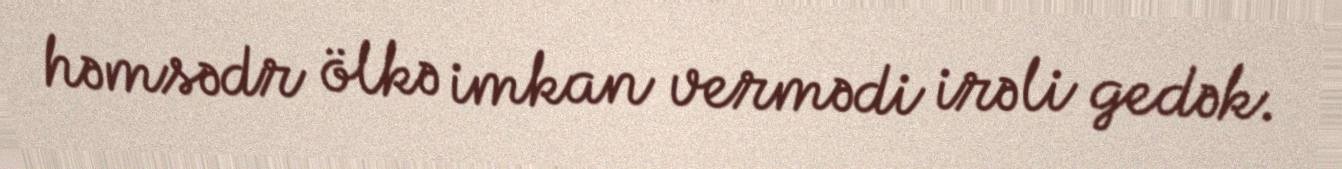
həmsədr ölkə imkan vermədi irəli gedək.